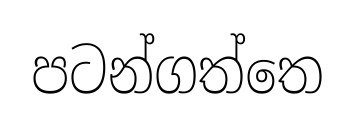
පටන්ගත්තෙ